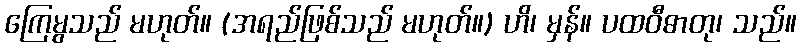
ကြေမွသည် မဟုတ်။ (အရည်ဖြစ်သည် မဟုတ်။) ဟိ၊ မှန်။ ပထဝီဓာတု၊ သည်။